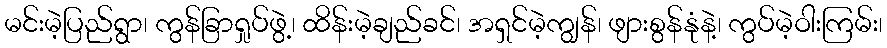
မင်းမဲ့ပြည်ရွာ၊ ကွန်ခြာရှုပ်ဖွဲ့၊ ထိန်းမဲ့ချည်ခင်၊ အရှင်မဲ့ကျွန်၊ ဖျားစွန်နုံနဲ့၊ ကွပ်မဲ့ဝါးကြမ်း၊